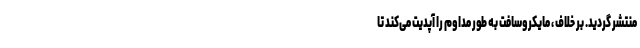
منتشر گردید. بر خلاف ، مایکروسافت به طور مداوم را آپدیت می‌کند تا